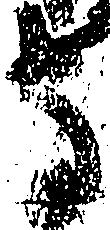
守